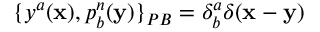
\{ y ^ { a } ( { \bf x } ) , p _ { b } ^ { n } ( { \bf y } ) \} _ { P B } = \delta _ { b } ^ { a } \delta ( { \bf x } - { \bf y } )